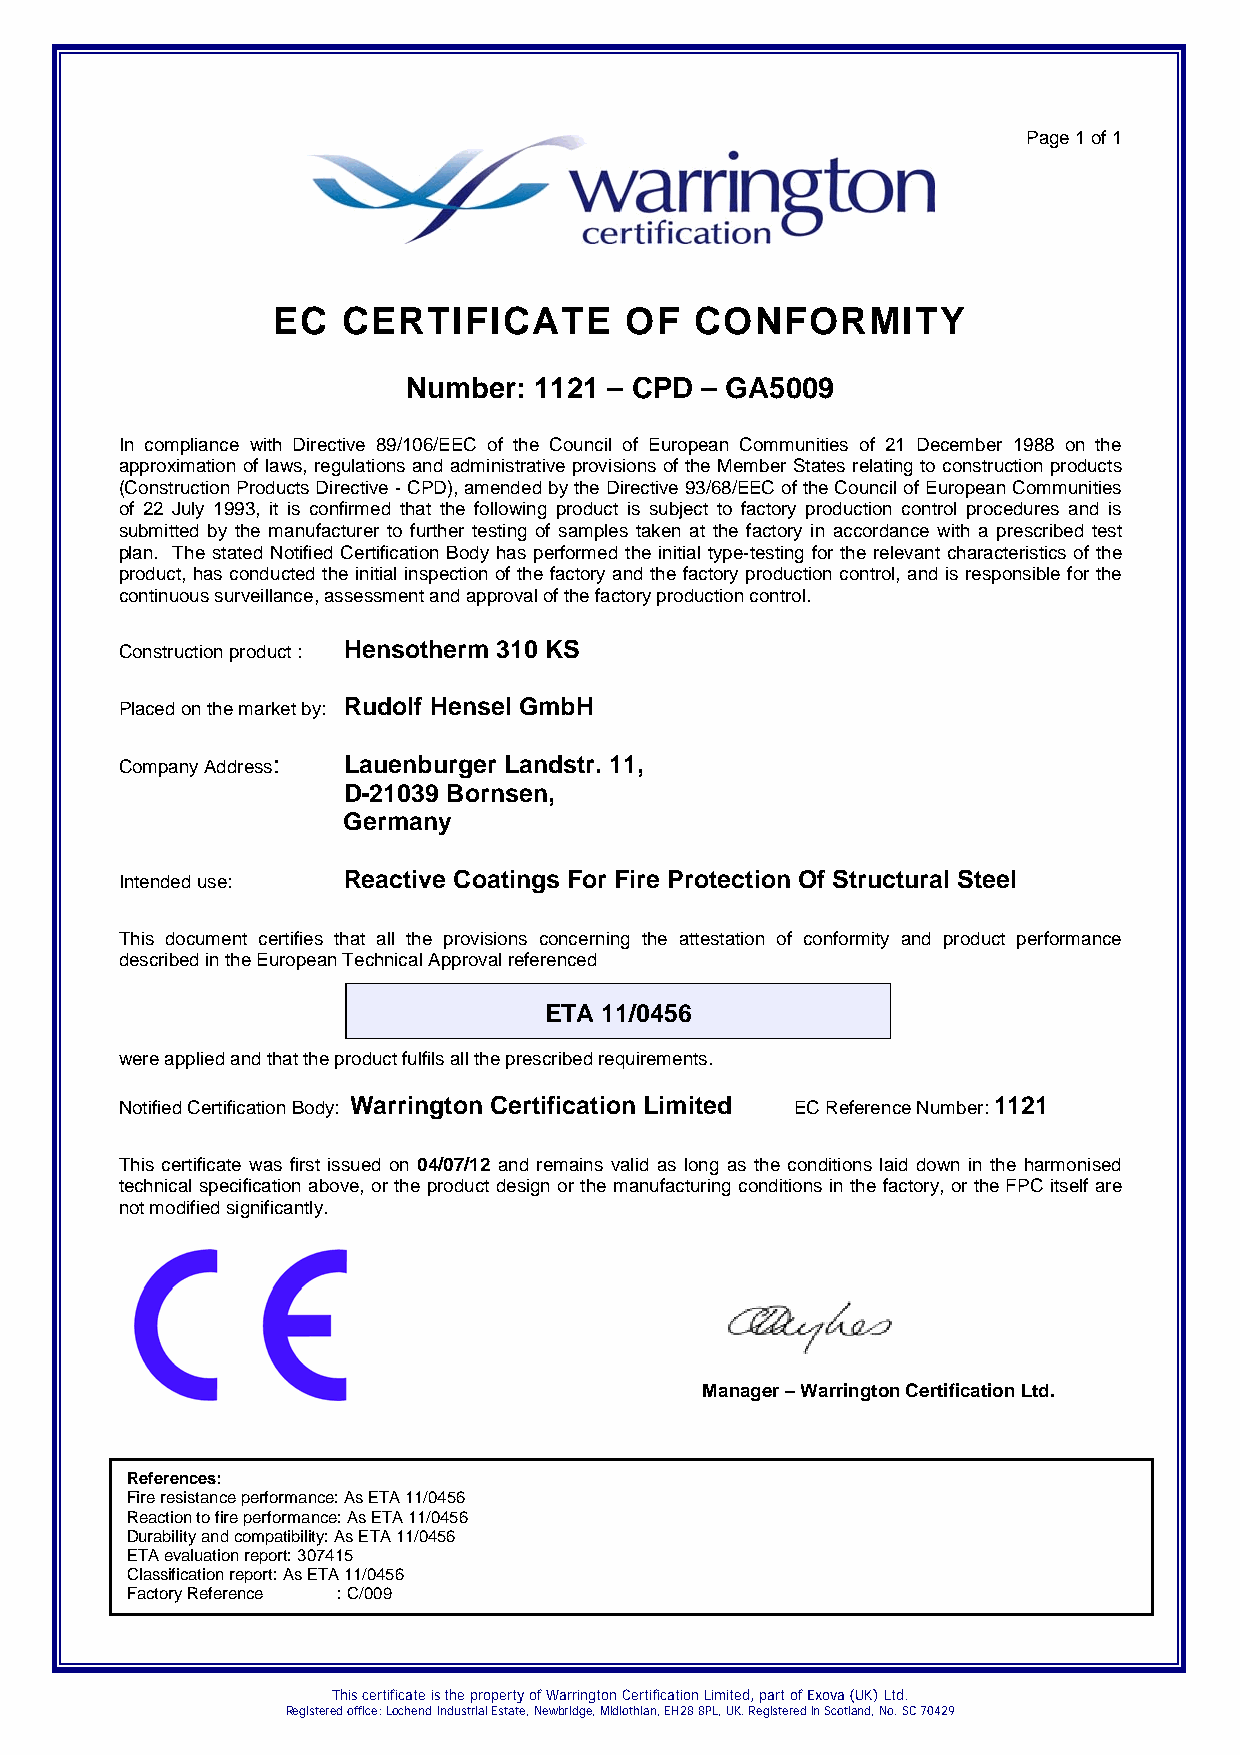
Page 1 of 1
 EC   CERTIFICATE       OF   CONFORMITY
 Number: 1121 – CPD – GA5009
 In compliance with Directive 89/106/EEC of the Council of European Communities of 21 December 1988 on the
 approximation of laws, regulations and administrative provisions of the Member States relating to construction products
 (Construction Products Directive - CPD), amended by the Directive 93/68/EEC of the Council of European Communities
 of 22 July 1993, it is confirmed that the following product is subject to factory production control procedures and is
 submitted by the manufacturer to further testing of samples taken at the factory in accordance with a prescribed test
 plan. The stated Notified Certification Body has performed the initial type-testing for the relevant characteristics of the
 product, has conducted the initial inspection of the factory and the factory production control, and is responsible for the
 continuous surveillance, assessment and approval of the factory production control.
 Construction product : Hensotherm 310 KS
 Placed on the market by: Rudolf Hensel GmbH
 Company Address: Lauenburger Landstr. 11,
 D-21039 Bornsen,
 Germany
 Intended use:  Reactive Coatings For Fire Protection Of Structural Steel
 This document certifies that all the provisions concerning the attestation of conformity and product performance
 described in the European Technical Approval referenced
 ETA 11/0456
 were applied and that the product fulfils all the prescribed requirements.
 Notified Certification Body: Warrington Certification Limited EC Reference Number: 1121
 This certificate was first issued on 04/07/12 and remains valid as long as the conditions laid down in the harmonised
 technical specification above, or the product design or the manufacturing conditions in the factory, or the FPC itself are
 not modified significantly.
 Manager – Warrington Certification Ltd.
 References:
 Fire resistance performance: As ETA 11/0456
 Reaction to fire performance: As ETA 11/0456
 Durability and compatibility: As ETA 11/0456
 ETA evaluation report: 307415
 Classification report: As ETA 11/0456
 Factory Reference : C/009
 This certificate is the property of Warrington Certification Limited, part of Exova (UK) Ltd.
 Registered office: Lochend Industrial Estate, Newbridge, Midlothian, EH28 8PL, UK. Registered in Scotland, No. SC 70429